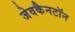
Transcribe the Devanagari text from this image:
जेवकैनटॉन